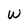
Character: w